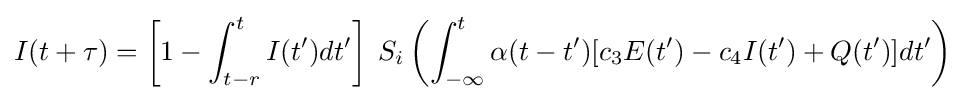
I(t+\tau )=\left[1-\int _{t-r}^{t}I(t')dt'\right]\;S_{i}\left(\int _{-\infty }^{t}\alpha (t-t')[c_{3}E(t')-c_{4}I(t')+Q(t')]dt'\right)